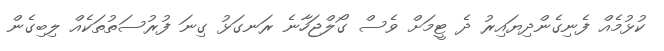
ކުޅުމެއް ފެނިގެންދިޔައިރު ދެ ޓީމަށް ވެސް ގޯލްޖަހާނެ ރަނގަޅު ގިނަ ފުރުސަތުތަކެއް ލިބިގެން